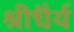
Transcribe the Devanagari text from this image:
श्रीधैर्य